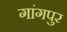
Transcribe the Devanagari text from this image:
गांगपुर